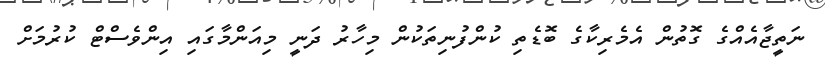
ނަތީޖާއެއްގެ ގޮތުން އެމެރިކާގެ ބޮޑެތި ކުންފުނިތަކުން މިހާރު ދަނީ މިއަންމާގައި އިންވެސްޓް ކުރުމަށް